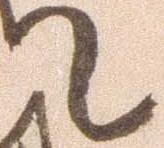
て